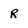
Character: R